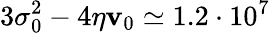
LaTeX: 3\sigma_{0}^{2}-4\eta\mathbf{v}_{0}\simeq1.2\cdot10^{7}